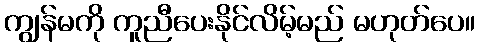
ကျွန်မကို ကူညီပေးနိုင်လိမ့်မည် မဟုတ်ပေ။